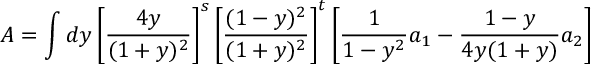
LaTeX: A = \int d y \left[ \frac { 4 y } { ( 1 + y ) ^ { 2 } } \right] ^ { s } \left[ \frac { ( 1 - y ) ^ { 2 } } { ( 1 + y ) ^ { 2 } } \right] ^ { t } \left[ \frac { 1 } { 1 - y ^ { 2 } } a _ { 1 } - \frac { 1 - y } { 4 y ( 1 + y ) } a _ { 2 } \right]